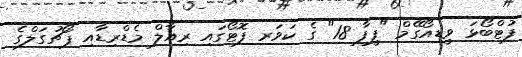
ފުޓްބޯޅަ ވީޑިއޯގޭމް "ފީފާ 18" ގެ ކަވަރ ފޮޓޯގައި ރިއާލް މެޑްރިޑާއި ޕޯޗުގަލްގެ